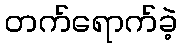
တက်ရောက်ခဲ့